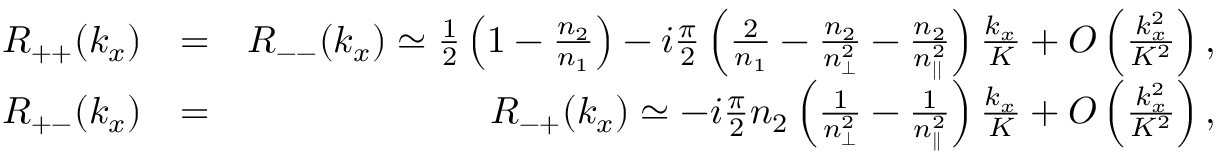
\begin{array} { r l r } { R _ { + + } ( k _ { x } ) } & { = } & { R _ { -- } ( k _ { x } ) \simeq \frac { 1 } { 2 } \left( 1 - \frac { n _ { 2 } } { n _ { 1 } } \right) - i \frac { \pi } { 2 } \left( \frac { 2 } { n _ { 1 } } - \frac { n _ { 2 } } { n _ { \perp } ^ { 2 } } - \frac { n _ { 2 } } { n _ { | | } ^ { 2 } } \right) \frac { k _ { x } } { K } + { \cal O } \left( \frac { k _ { x } ^ { 2 } } { K ^ { 2 } } \right) , } \\ { R _ { + - } ( k _ { x } ) } & { = } & { R _ { - + } ( k _ { x } ) \simeq - i \frac { \pi } { 2 } n _ { 2 } \left( \frac { 1 } { n _ { \perp } ^ { 2 } } - \frac { 1 } { n _ { \parallel } ^ { 2 } } \right) \frac { k _ { x } } { K } + { \cal O } \left( \frac { k _ { x } ^ { 2 } } { K ^ { 2 } } \right) , } \end{array}